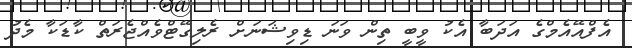
އެފްއޭއެމްގެ އަދަބާ އެކު ވީބީ ތިން ވަނަ ޑިވިޝަނަށް ރެލިގޭޓްވެއްޖެރަތް ކާޑަކާ މެދު